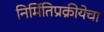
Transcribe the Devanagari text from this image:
निर्मितिप्रक्रीयेचा